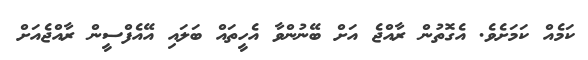
ކަމެއް ކަމަށެވެ. އެގޮތުން ރާއްޖެ އަށް ބޭނުންވާ އެހީތައް ބަލައި އޭއެފްސީން ރާއްޖެއަށް